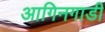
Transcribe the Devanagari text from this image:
आगिनगाडी